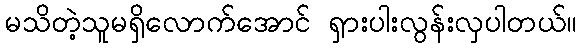
မသိတဲ့သူမရှိလောက်အောင် ရှားပါးလွန်းလှပါတယ်။